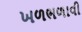
ખળભળાવી